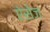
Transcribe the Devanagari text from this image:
ऐसेज़